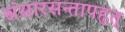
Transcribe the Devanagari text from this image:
संसारसन्तापहृत्